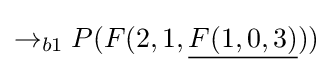
\rightarrow _{b1}P(F(2,1,{\underline {F(1,0,3)}}))